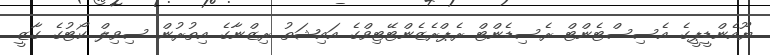
ޔޫއެންޑީޕީގެ އެސިސްޓެންޓް ރެސިޑެންޓް ރެޕްރެޒެންޓޭޓިވްގެ އައިޝަތު ރިޒްނާގެ އިތުރުން ސިވިލް ކޯޓުގެ ގާޒީ